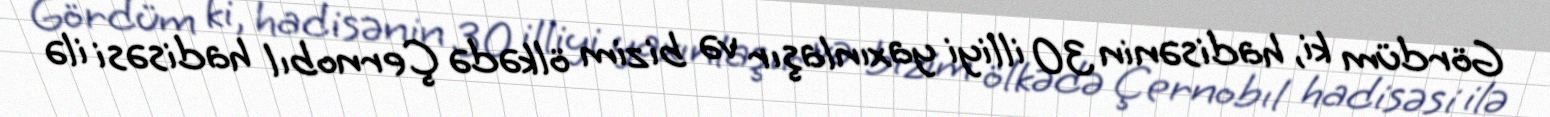
Gördüm ki, hadisənin 30 illiyi yaxınlaşır və bizim ölkədə Çernobıl hadisəsi ilə